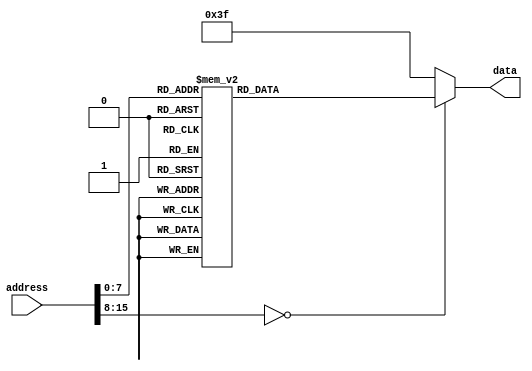
module ROM(
	input wire[15:0] address,
	output reg[5:0] data
);
	
	(* rom_style = "block" *)

	always @*
	case(address)
	16'h0000:data=6'b000000;
    16'h0001:data=6'b000000;
    16'h0002:data=6'b010100;
    16'h0003:data=6'b111000;
    16'h0004:data=6'b001010;
    16'h0005:data=6'b101000;
    16'h0006:data=6'b001001;
    16'h0007:data=6'b001011;
    16'h0008:data=6'b111001;
    16'h0009:data=6'b000100;
    16'h000a:data=6'b110000;
    16'h000b:data=6'b111010;
    16'h000c:data=6'b100010;
    16'h000d:data=6'b101011;
    16'h000e:data=6'b100100;
    16'h000f:data=6'b100010;
    16'h0010:data=6'b100011;
    16'h0011:data=6'b110001;
    16'h0012:data=6'b101000;
    16'h0013:data=6'b101010;
    16'h0014:data=6'b111000;
    16'h0015:data=6'b000011;
    16'h0016:data=6'b110110;
    16'h0017:data=6'b000001;
    16'h0018:data=6'b111000;
    16'h0019:data=6'b000011;
    16'h001a:data=6'b111000;
    16'h001b:data=6'b001010;
    16'h001c:data=6'b101000;
    16'h001d:data=6'b000011;
    16'h001e:data=6'b001000;
    16'h001f:data=6'b001000;
    16'h0020:data=6'b001001;
    16'h0021:data=6'b001011;
    16'h0022:data=6'b111001;
    16'h0023:data=6'b000100;
    16'h0024:data=6'b000100;
    16'h0025:data=6'b011000;
    16'h0026:data=6'b000011;
    16'h0027:data=6'b111000;
    16'h0028:data=6'b001010;
    16'h0029:data=6'b101000;
    16'h002a:data=6'b000101;
    16'h002b:data=6'b000000;
    16'h002c:data=6'b001000;
    16'h002d:data=6'b001001;
    16'h002e:data=6'b001011;
    16'h002f:data=6'b111001;
    16'h0030:data=6'b000100;
    16'h0031:data=6'b000101;
    16'h0032:data=6'b101000;
    16'h0033:data=6'b001000;
    16'h0034:data=6'b100010;
    16'h0035:data=6'b100011;
    16'h0036:data=6'b110001;
    16'h0037:data=6'b101000;
    16'h0038:data=6'b000110;
    16'h0039:data=6'b001011;
    16'h003a:data=6'b001000;
    16'h003b:data=6'b101010;
    16'h003c:data=6'b111000;
    16'h003d:data=6'b000011;
    16'h003e:data=6'b110110;
    16'h003f:data=6'b000111;
    16'h0040:data=6'b100000;
    16'h0041:data=6'b001001;
    16'h0042:data=6'b100100;
    16'h0043:data=6'b100010;
    16'h0044:data=6'b100011;
    16'h0045:data=6'b110001;
    16'h0046:data=6'b101000;
    16'h0047:data=6'b101010;
    16'h0048:data=6'b111000;
    16'h0049:data=6'b000011;
    16'h004a:data=6'b110110;
    16'h004b:data=6'b001000;
    16'h004c:data=6'b110000;
    16'h004d:data=6'b001011;
    16'h004e:data=6'b111000;
    16'h004f:data=6'b001010;
    16'h0050:data=6'b101000;
    16'h0051:data=6'b001001;
    16'h0052:data=6'b001011;
    16'h0053:data=6'b111001;
    16'h0054:data=6'b000100;
    16'h0055:data=6'b110000;
    16'h0056:data=6'b111010;
    16'h0057:data=6'b100010;
    16'h0058:data=6'b101011;
    16'h0059:data=6'b001010;
    16'h005a:data=6'b000000;
    16'h005b:data=6'b001001;
    16'h005c:data=6'b100100;
    16'h005d:data=6'b100010;
    16'h005e:data=6'b100011;
    16'h005f:data=6'b110001;
    16'h0060:data=6'b101000;
    16'h0061:data=6'b101010;
    16'h0062:data=6'b111000;
    16'h0063:data=6'b000011;
    16'h0064:data=6'b110110;
    16'h0065:data=6'b001011;
    16'h0066:data=6'b010000;
    16'h0067:data=6'b001011;
    16'h0068:data=6'b111000;
    16'h0069:data=6'b001010;
    16'h006a:data=6'b101000;
    16'h006b:data=6'b001001;
    16'h006c:data=6'b001011;
    16'h006d:data=6'b111001;
    16'h006e:data=6'b000100;
    16'h006f:data=6'b110000;
    16'h0070:data=6'b111010;
    16'h0071:data=6'b100010;
    16'h0072:data=6'b101011;
    16'h0073:data=6'b011001;
    16'h0074:data=6'b000000;
    16'h0075:data=6'b010100;
    16'h0076:data=6'b111000;
    16'h0077:data=6'b001010;
    16'h0078:data=6'b101000;
    16'h0079:data=6'b001001;
    16'h007a:data=6'b001011;
    16'h007b:data=6'b111001;
    16'h007c:data=6'b000100;
    16'h007d:data=6'b110000;
    16'h007e:data=6'b111010;
    16'h007f:data=6'b100010;
    16'h0080:data=6'b101011;
    16'h0081:data=6'b100100;
    16'h0082:data=6'b100010;
    16'h0083:data=6'b100011;
    16'h0084:data=6'b110001;
    16'h0085:data=6'b101000;
    16'h0086:data=6'b101010;
    16'h0087:data=6'b111000;
    16'h0088:data=6'b000011;
    16'h0089:data=6'b110110;
	default :data=6'b111111;
	endcase

	// reg[15:0] address_reg = 16'h0000;
	// assign address = address_reg;
	// initial begin
	// 	#10
	// 	$display("%b",data);
	// end
endmodule